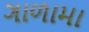
ગાળામા